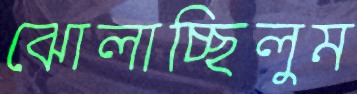
ঝোলাচ্ছিলুম